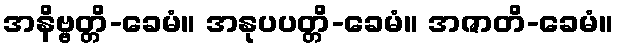
အနိဗ္ဗတ္တိ-ခေမံ။ အနုပပတ္တိ-ခေမံ။ အဇာတိ-ခေမံ။